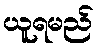
ယူရမည်